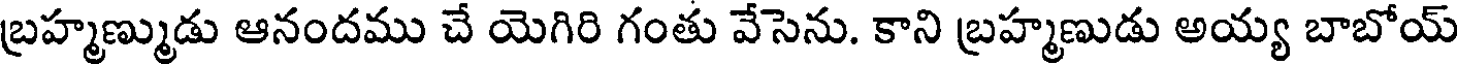
బ్రహ్మణ్ముడు ఆనందము చే యెగిరి గంతు వేసెను. కాని బ్రహ్మణుడు అయ్య బాబోయ్